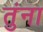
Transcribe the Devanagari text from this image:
तुंना